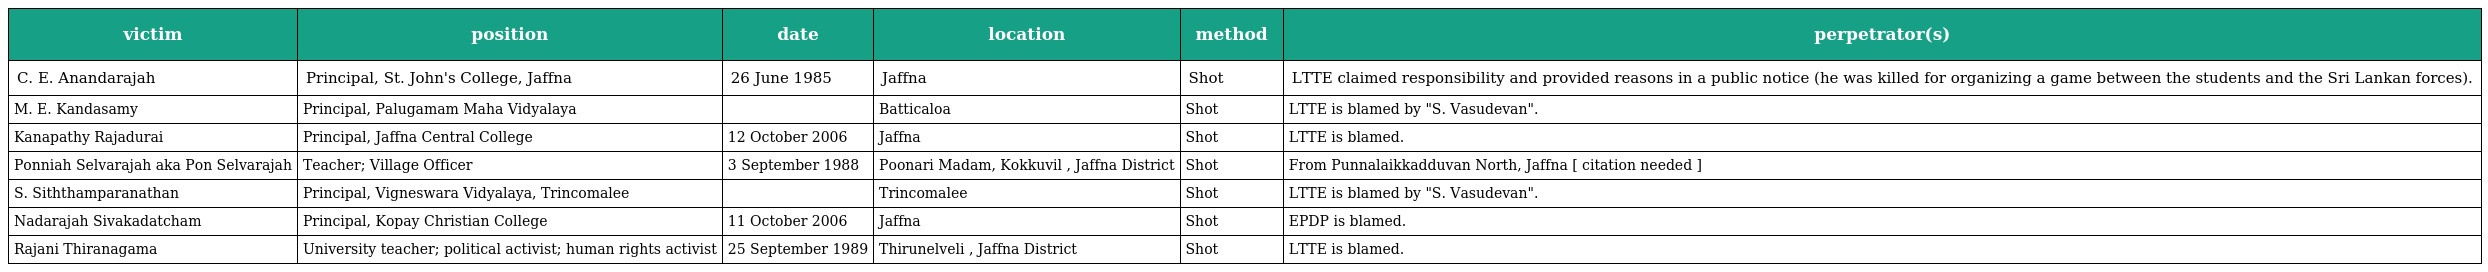
| victim | position | date | location | method | perpetrator(s) |
 | --- | --- | --- | --- | --- | --- |
 | C. E. Anandarajah | Principal, St. John's College, Jaffna | 26 June 1985 | Jaffna | Shot | LTTE claimed responsibility and provided reasons in a public notice (he was killed for organizing a game between the students and the Sri Lankan forces). |
 | M. E. Kandasamy | Principal, Palugamam Maha Vidyalaya |  | Batticaloa | Shot | LTTE is blamed by "S. Vasudevan". |
 | Kanapathy Rajadurai | Principal, Jaffna Central College | 12 October 2006 | Jaffna | Shot | LTTE is blamed. |
 | Ponniah Selvarajah aka Pon Selvarajah | Teacher; Village Officer | 3 September 1988 | Poonari Madam, Kokkuvil , Jaffna District | Shot | From Punnalaikkadduvan North, Jaffna [ citation needed ] |
 | S. Siththamparanathan | Principal, Vigneswara Vidyalaya, Trincomalee |  | Trincomalee | Shot | LTTE is blamed by "S. Vasudevan". |
 | Nadarajah Sivakadatcham | Principal, Kopay Christian College | 11 October 2006 | Jaffna | Shot | EPDP is blamed. |
 | Rajani Thiranagama | University teacher; political activist; human rights activist | 25 September 1989 | Thirunelveli , Jaffna District | Shot | LTTE is blamed. |